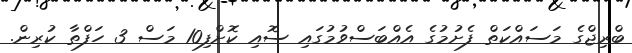
ބްރިޖްގެ މަސައްކަތް ފެށުމުގެ އެއްބަސްވުމުގައި ސޮއި ކޮށްފި10 މަސް 3 ހަފްތާ ކުރިން.